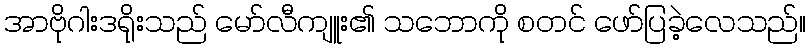
အာဗိုဂါးဒရိုးသည် မော်လီကျူး၏ သဘောကို စတင် ဖော်ပြခဲ့လေသည်။